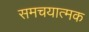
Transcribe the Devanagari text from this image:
समचयात्मक